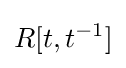
R[t,t^{-1}]